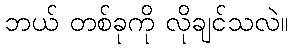
ဘယ် တစ်ခုကို လိုချင်သလဲ။